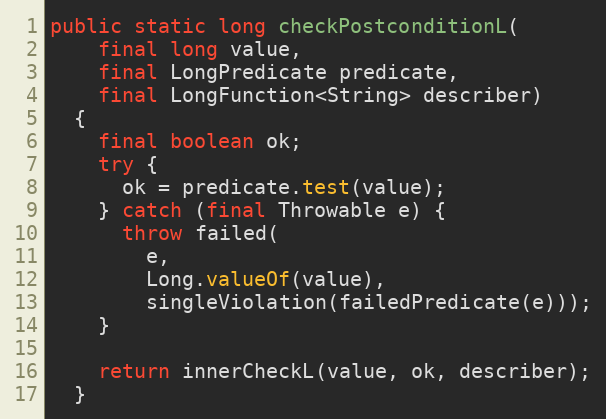
Language: Java
public static long checkPostconditionL(
    final long value,
    final LongPredicate predicate,
    final LongFunction<String> describer)
  {
    final boolean ok;
    try {
      ok = predicate.test(value);
    } catch (final Throwable e) {
      throw failed(
        e,
        Long.valueOf(value),
        singleViolation(failedPredicate(e)));
    }

    return innerCheckL(value, ok, describer);
  }